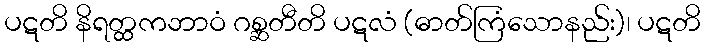
ပဋတိ နိရတ္ထကဘာဝံ ဂစ္ဆတီတိ ပဋလံ (ဓာတ်ကြံသောနည်း)၊ ပဋတိ